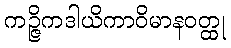
ကဉ္ဇိကဒါယိကာဝိမာနဝတ္ထု